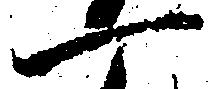
一